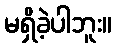
မရှိခဲ့ပါဘူး။